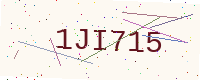
Text: 1JI715